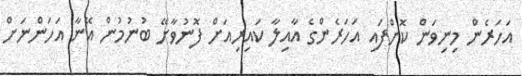
އަހަރެން މިނިވަން ކޮށްފައި އަހަރެންގެ އާއިލާ ކައިރިއަށް ފޮނުވާށޭ ބުނުމުން އޭނާ އަހަންނަށް